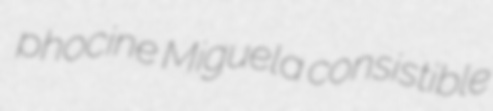
phocine Miguela consistible